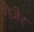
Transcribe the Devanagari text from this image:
गेज़ेर